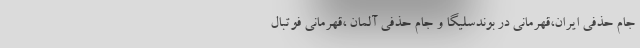
جام حذفی ایران،‌قهرمانی در بوندسلیگا و جام حذفی آلمان ،‌قهرمانی فوتبال